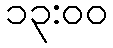
၁၃:၀၀